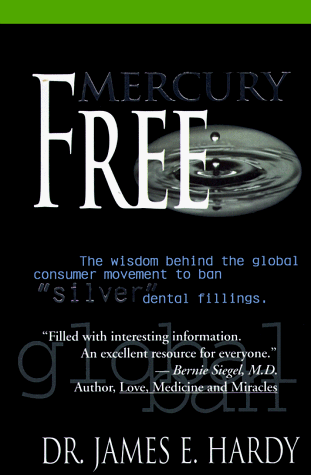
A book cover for Mercury-Free: The Wisdom Behind the Global Consumer Movement to Ban "Silver" Dental Fillings; James E. Hardy; Medical Books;